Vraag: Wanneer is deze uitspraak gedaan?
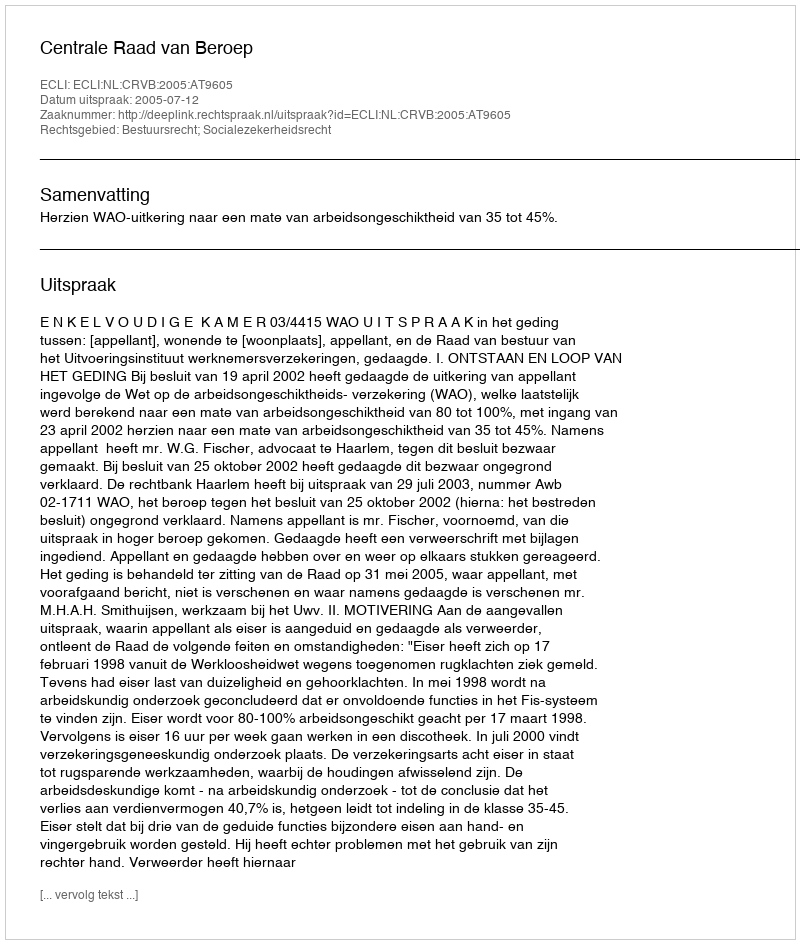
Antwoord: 2005-07-12